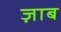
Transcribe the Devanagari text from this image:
ज़ाब